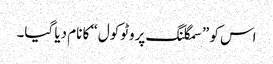
اس کو ”سمگلنگ پروٹوکول“ کا نام دیا گیا۔